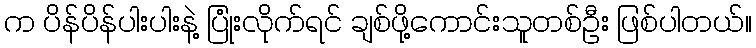
က ပိန်ပိန်ပါးပါးနဲ့ ပြုံးလိုက်ရင် ချစ်ဖို့ကောင်းသူတစ်ဦး ဖြစ်ပါတယ်။